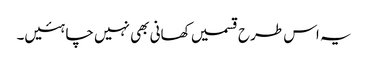
یہ اس طرح قسمیں کھانی بھی نہیں چاہئیں۔